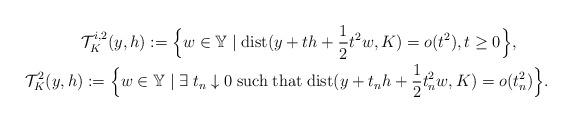
LaTeX: \begin{align*} \mathcal{T}_{K}^{i,2}(y,h):=\Big\{w\in \mathbb{Y}\;|\; {\rm dist}(y+th+\frac{1}{2}t^2w,K)=o(t^2), t\geq 0\Big\},\qquad\\ \mathcal{T}_{K}^{2}(y,h):=\Big\{w\in \mathbb{Y}\;|\; \exists\;t_n\downarrow 0 {\;\rm such\;that\;} {\rm dist}(y+t_nh+\frac{1}{2}t_n^2 w,K)=o(t_n^2)\Big\}. \end{align*}